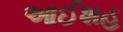
આઈશહ